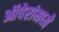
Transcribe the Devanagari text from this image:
ऑपेरांमध्ये